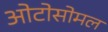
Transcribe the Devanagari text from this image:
ओटोसोमल